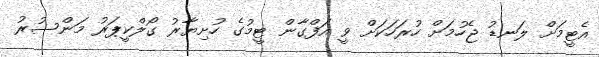
އެޓީމަށް ލަނޑު ޖެހުމަށް ހުރަހަކަށް ވީ އަފްގާން ޓީމުގެ ހުށިޔާރު ގޯލްކީޕަރު މަންސުރު